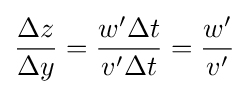
{\frac {\Delta z}{\Delta y}}={\frac {w'\Delta t}{v'\Delta t}}={\frac {w'}{v'}}